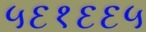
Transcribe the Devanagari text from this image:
५६१६६५